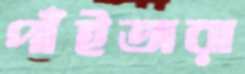
পাঁইতারা